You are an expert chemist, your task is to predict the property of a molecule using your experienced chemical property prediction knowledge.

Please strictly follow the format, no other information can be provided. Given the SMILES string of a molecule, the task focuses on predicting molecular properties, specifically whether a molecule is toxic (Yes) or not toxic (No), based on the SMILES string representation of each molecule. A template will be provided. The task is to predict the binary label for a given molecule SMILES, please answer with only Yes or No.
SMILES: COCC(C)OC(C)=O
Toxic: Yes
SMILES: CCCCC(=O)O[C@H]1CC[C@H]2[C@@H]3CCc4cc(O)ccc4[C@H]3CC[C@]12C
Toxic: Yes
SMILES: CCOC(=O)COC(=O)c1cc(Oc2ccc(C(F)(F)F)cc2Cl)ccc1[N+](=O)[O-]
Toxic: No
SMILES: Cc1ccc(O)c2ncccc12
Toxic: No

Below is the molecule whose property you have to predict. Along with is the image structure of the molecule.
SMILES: CC(CO)(CO)CO
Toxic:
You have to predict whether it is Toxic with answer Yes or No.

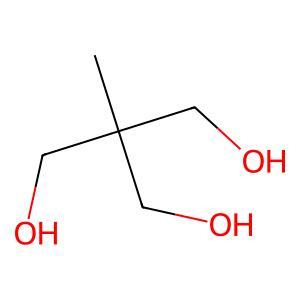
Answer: No